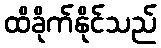
ထိခိုက်နိုင်သည်